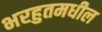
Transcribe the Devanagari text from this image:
भरहुतमधील